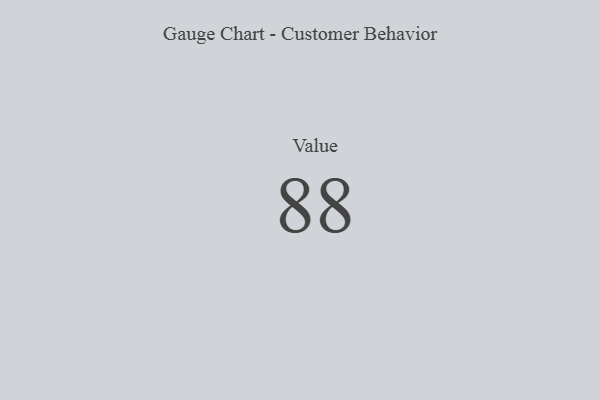
{"axis": {"x": "Metric", "y": "Value"}, "legend": [""], "data": [{"x": "Value", "y": 88, "type": ""}]}